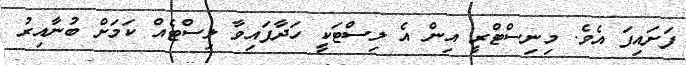
ފަށައިފަ އެވެ. މިނިސްޓްރީ އިން އެ ލިސްޓަކީ ހަދާފައިވާ ލިސްޓެއް ކަމަށް ބުނާއިރު